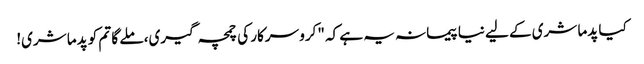
کیا پدما شری کے لیے نیا پیمانہ یہ ہے کہ "کرو سرکار کی چمچہ گیری، ملے گا تم کو پدما شری!